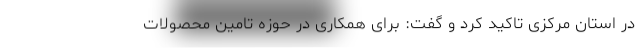
در استان مرکزی تاکید کرد و گفت: برای همکاری در حوزه تامین محصولات